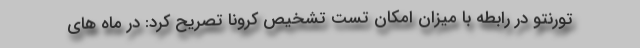
تورنتو در رابطه با میزان امکان تست تشخیص کرونا تصریح کرد: در ماه های